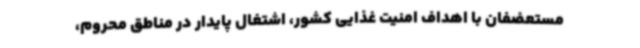
مستعضفان با اهداف امنیت غذایی کشور، اشتغال پایدار در مناطق محروم،